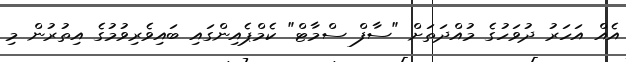
އެއް އަހަރު ދުވަހުގެ މުއްދަތަށް "ސާފް ސްމާޓް" ކެމްޕެއިންގައި ބައިވެރިވުމުގެ އިތުރުން މި